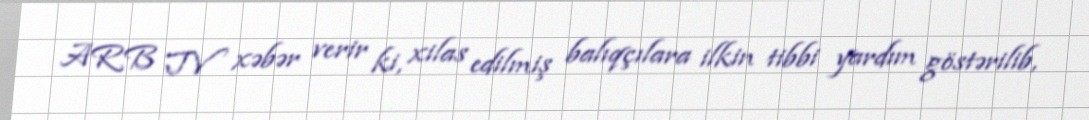
ARB TV xəbər verir ki, xilas edilmiş balıqçılara ilkin tibbi yardım göstərilib,